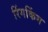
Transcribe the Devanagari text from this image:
रिंगकिंग